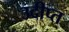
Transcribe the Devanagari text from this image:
उदीप्त